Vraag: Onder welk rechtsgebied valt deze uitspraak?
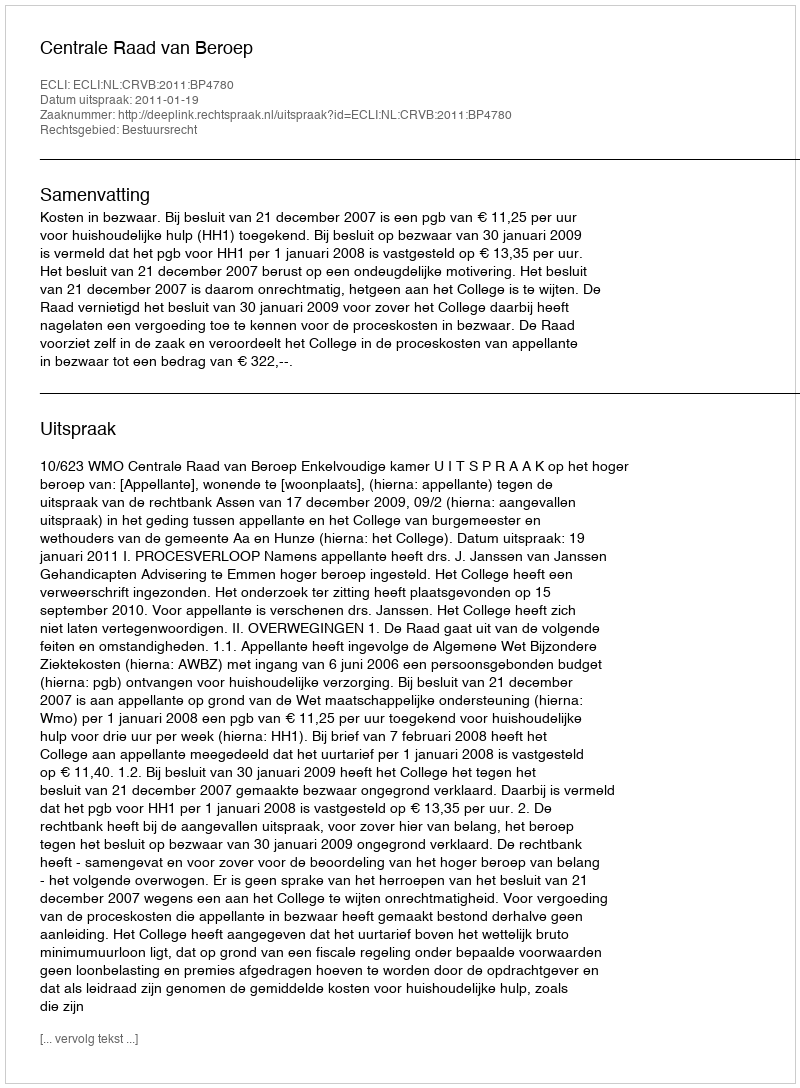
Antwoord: Bestuursrecht